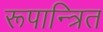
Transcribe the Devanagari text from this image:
रूपान्त्रित